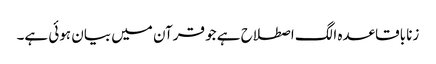
زنا باقاعدہ الگ اصطلاح ہے جو قرآن میں بیان ہوئی ہے۔